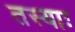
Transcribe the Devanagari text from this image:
तस्याः